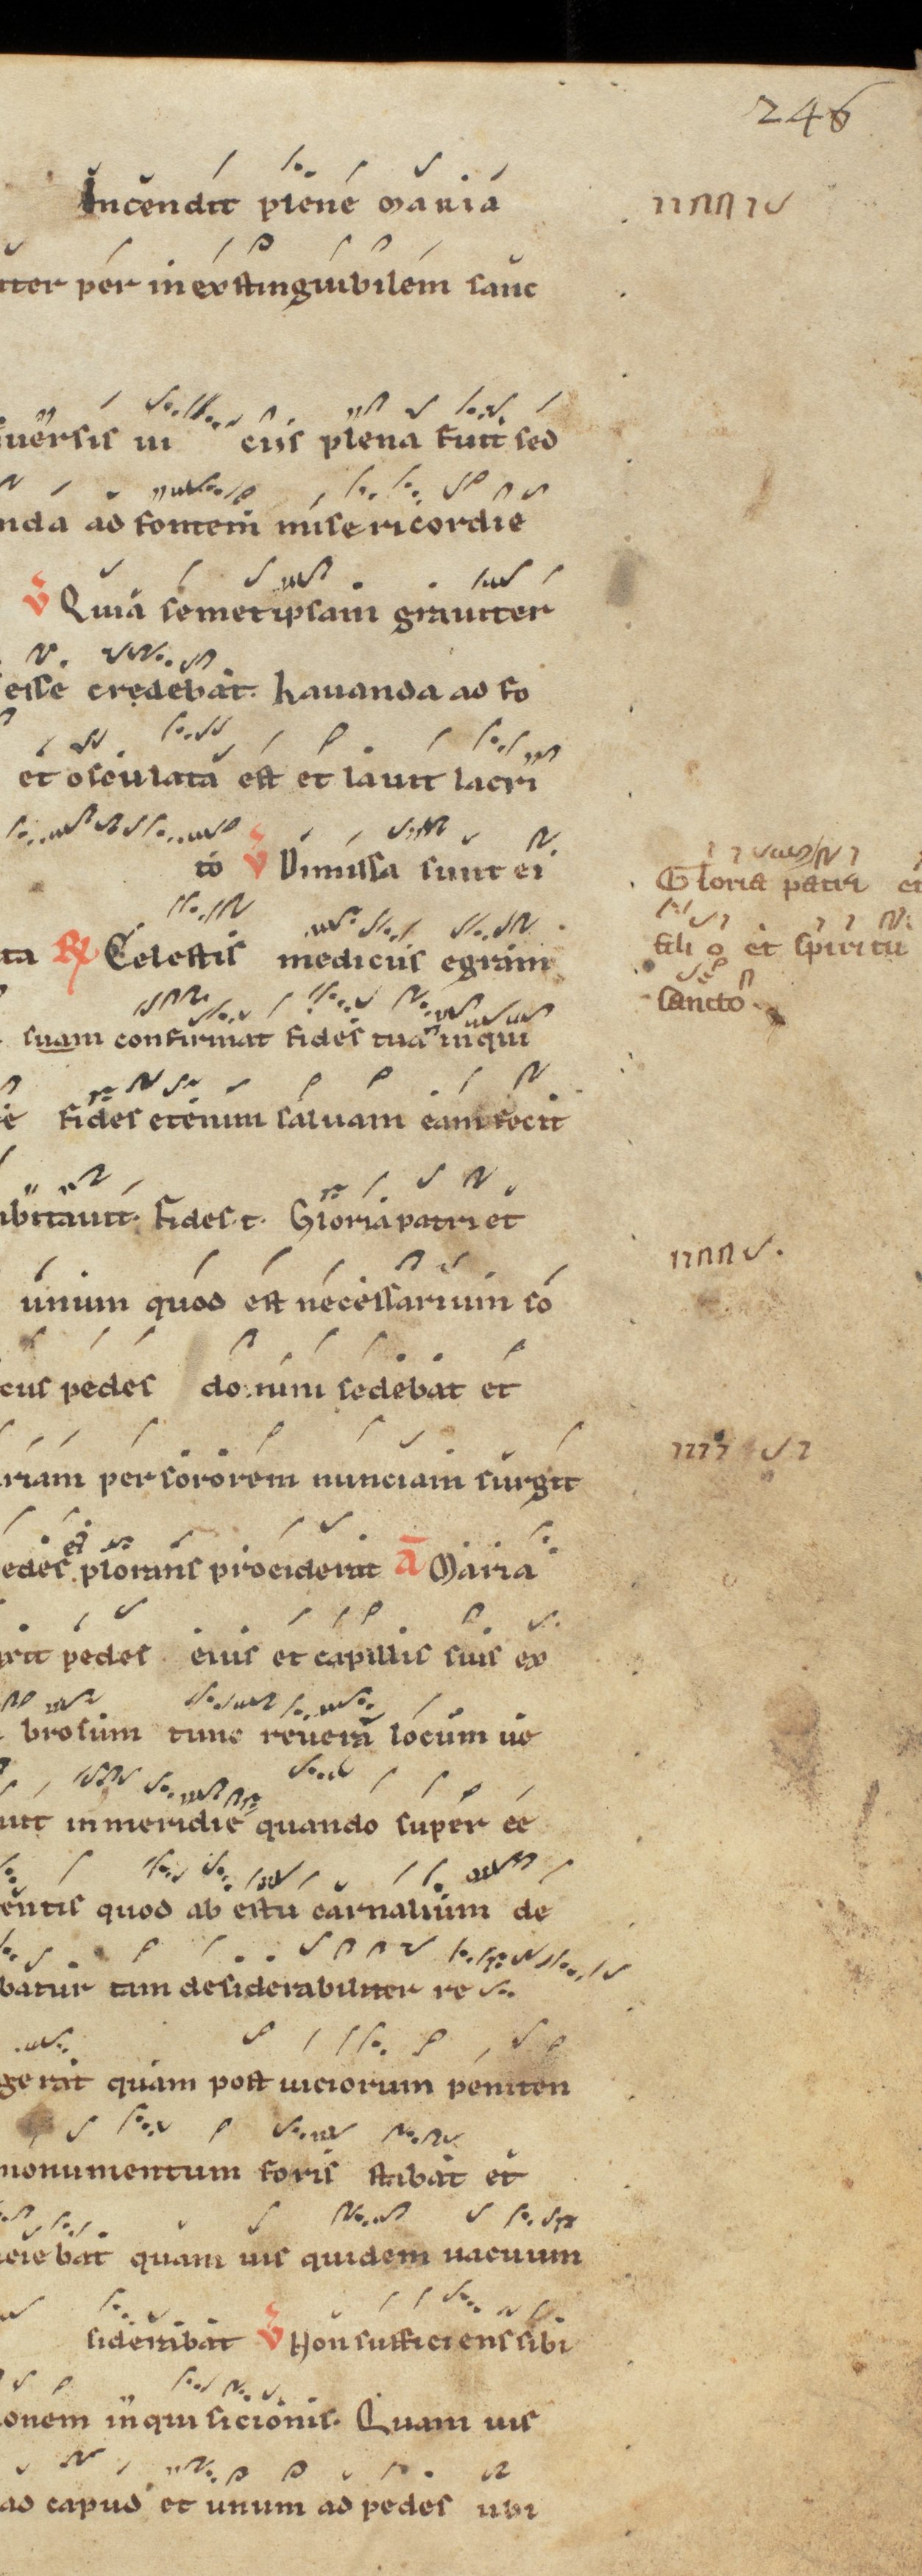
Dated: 1200–1299